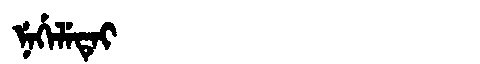
Manchu: ᠨᡝᡤᡝᠯᡝᡨᡝᡳ
Romanization: NEGELETEI